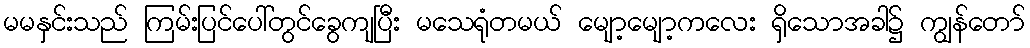
မမနှင်းသည် ကြမ်းပြင်ပေါ်တွင်ခွေကျပြီး မသေရုံတမယ် မျော့မျော့ကလေး ရှိသောအခါ၌ ကျွန်တော်